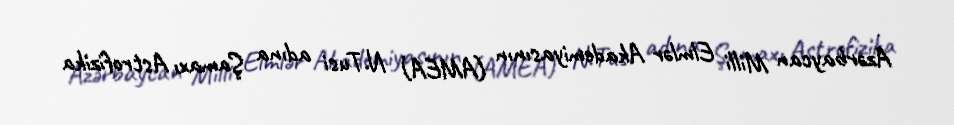
Azərbaycan Milli Elmlər Akademiyasının (AMEA) N.Tusi adına Şamaxı Astrofizika